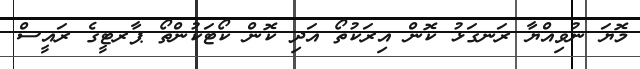
މޮޔަ ނުވިއްޔާ ރަނގަޅު ކޮން އިރަކުތޯ އަދި ކޮން ކޯޓަކުންތޯ ޕާރޓީގެ ރައީސް